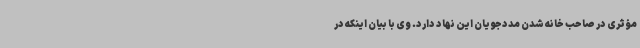
مؤثری در صاحب خانه شدن مددجویان این نهاد دارد. وی با بیان اینکه در